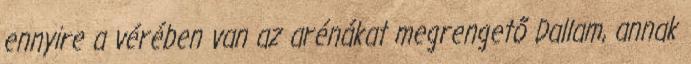
ennyire a vérében van az arénákat megrengető Dallam, annak